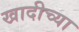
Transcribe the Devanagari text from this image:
खादीच्या